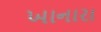
ખાનારા